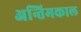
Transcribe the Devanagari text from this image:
अन्तिमकाल